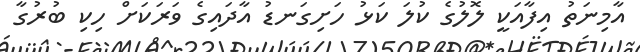
އާމިނަތު އިފާއަކީ ލޮލުގެ ކުލަ ކަޅު ހަށިގަނޑު އާދައިގެ ވަރަކަށް ހިކި ބުރުގާ